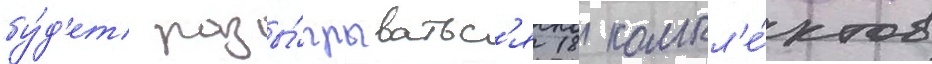
бу́д'ет разы́грыватьс'я 18 компл'е́ктов